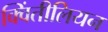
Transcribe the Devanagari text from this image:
क्विंतीलियन